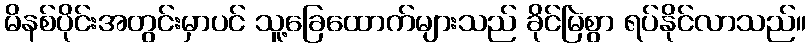
မိနစ်ပိုင်းအတွင်းမှာပင် သူ့ခြေထောက်များသည် ခိုင်မြဲစွာ ရပ်နိုင်လာသည်။